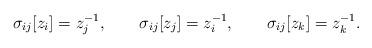
LaTeX: \begin{align*}\sigma_{ij}[z_i]=z_j^{-1}, \qquad \sigma_{ij}[z_j]=z_i^{-1},\qquad\sigma_{ij}[z_k]=z_k^{-1}.\end{align*}